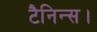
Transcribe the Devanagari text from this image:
टैनिन्स।